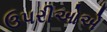
ઉપરીઓએ